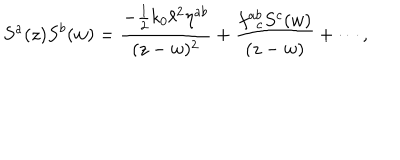
S ^ { a } ( z ) S ^ { b } ( w ) = \frac { - \frac { 1 } { 2 } k _ { 0 } \ell ^ { 2 } \eta ^ { a b } } { ( z - w ) ^ { 2 } } + \frac { f _ { ~ ~ c } ^ { a b } S ^ { c } ( w ) } { ( z - w ) } + \cdots ,